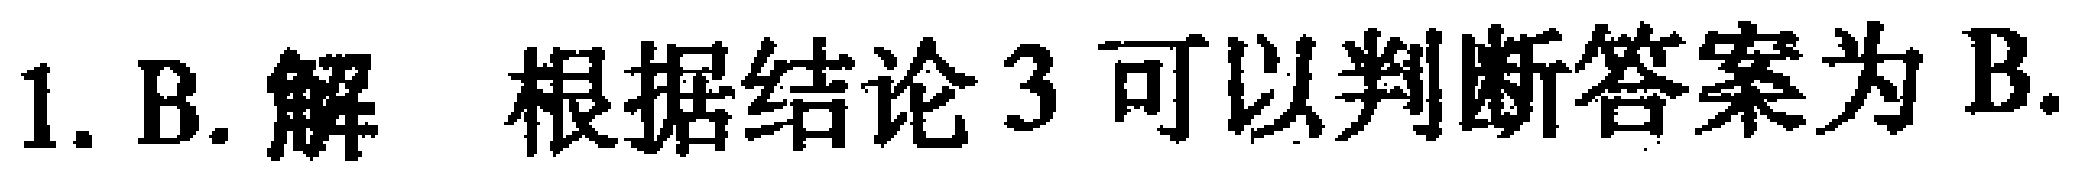
1. B. 解 根据结论 3 可以判断答案为 B.